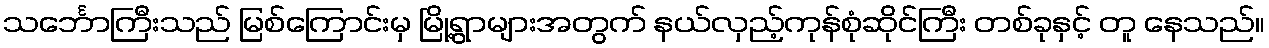
သင်္ဘောကြီးသည် မြစ်ကြောင်းမှ မြို့ရွာများအတွက် နယ်လှည့်ကုန်စုံဆိုင်ကြီး တစ်ခုနှင့် တူ နေသည်။